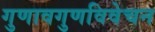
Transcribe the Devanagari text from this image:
गुणावगुणविवेचन